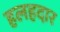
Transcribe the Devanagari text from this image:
हलहदार